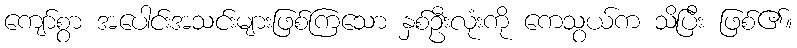
ကျော်စွာ အပေါင်းအသင်းများဖြစ်ကြသော နှစ်ဦးလုံးကို ကေသွယ်က သိပြီး ဖြစ်၏။